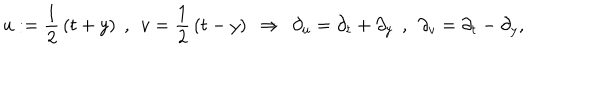
u : = \frac { 1 } { 2 } \, ( t + y ) \: \: , \: \: v = \frac { 1 } { 2 } \, ( t - y ) \: \: \Rightarrow \: \: \partial _ { u } = \partial _ { t } + \partial _ { y } \: \: , \: \: \partial _ { v } = \partial _ { t } - \partial _ { y } ,